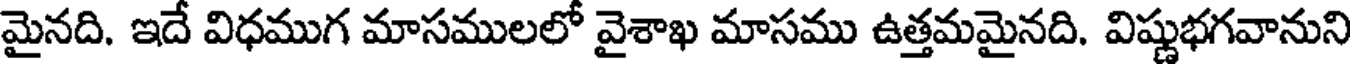
మైనది. ఇదే విధముగ మాసములలో వైశాఖ మాసము ఉత్తమమైనది. విష్ణుభగవానుని